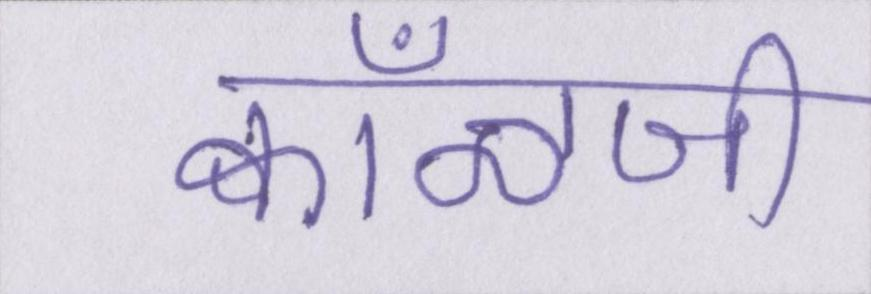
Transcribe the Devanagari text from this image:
क्वाँळजी